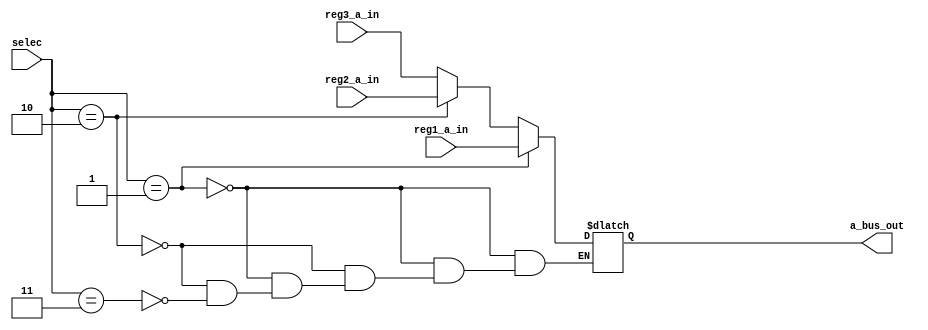
module  a_bus_demux(selec,a_bus_out,reg1_a_in,reg2_a_in,reg3_a_in);
	input [1:0] selec;
	input [15:0]reg1_a_in,reg2_a_in,reg3_a_in;
	output  reg [15:0] a_bus_out;
	always@(*) begin
		if(selec==2'b01) a_bus_out=reg1_a_in;
		else if(selec==2'b10) a_bus_out=reg2_a_in;
		else if(selec==2'b11) a_bus_out=reg3_a_in;
	end
	
endmodule